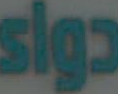
دواء